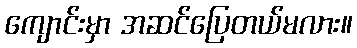
ကျောင်းမှာ အဆင်ပြေတယ်မလား။